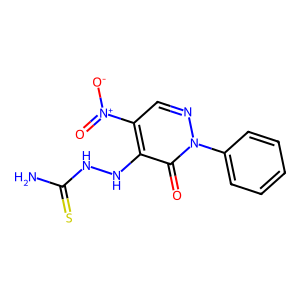
SMILES: NC(=S)NNc1c([N+](=O)[O-])cnn(-c2ccccc2)c1=O
Inhibits HIV replication: No